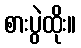
စားပွဲထိုး။